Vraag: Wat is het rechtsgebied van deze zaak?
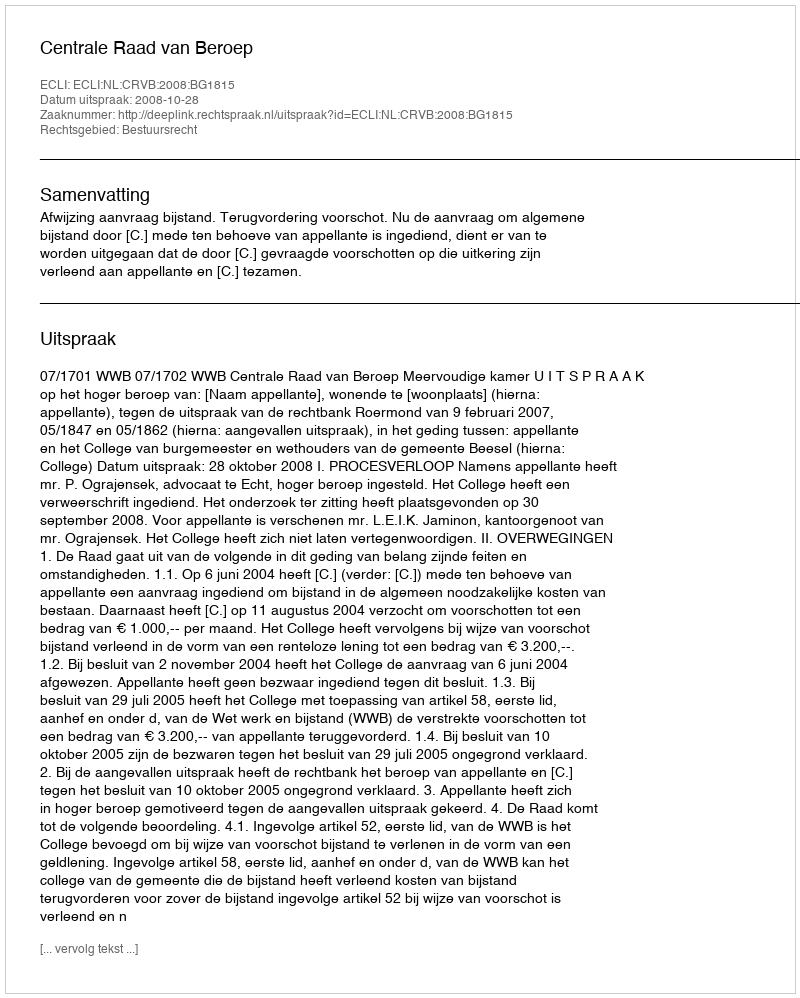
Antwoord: Bestuursrecht